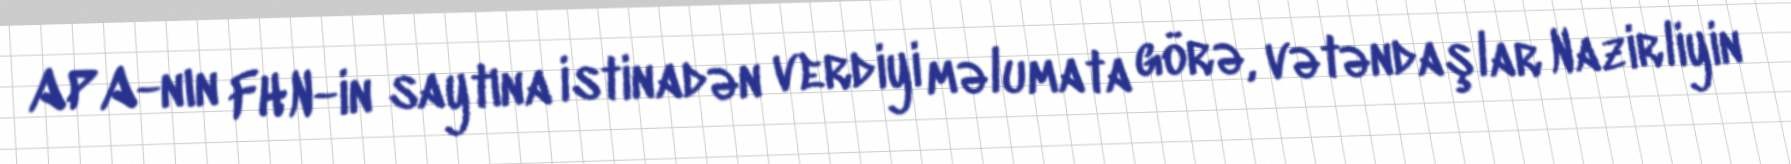
APA-nın FHN-in saytına istinadən verdiyi məlumata görə, vətəndaşlar Nazirliyin